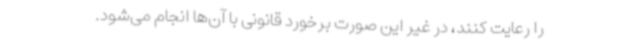
را رعایت کنند، در غیر این صورت برخورد قانونی با آن‌ها انجام می‌شود.